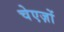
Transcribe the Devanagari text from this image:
चेएज़ों